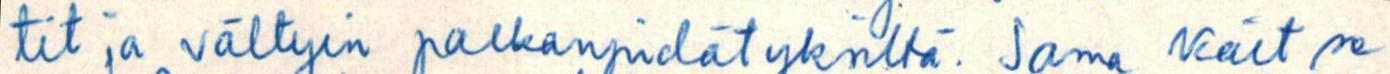
tit ja vältyin palkanpidätyksiltä. Sama kait se